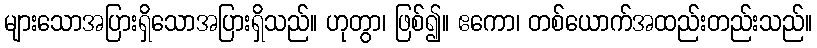
များသောအပြားရှိသောအပြားရှိသည်။ ဟုတွာ၊ ဖြစ်၍။ ဧကော၊ တစ်ယောက်အထည်းတည်းသည်။